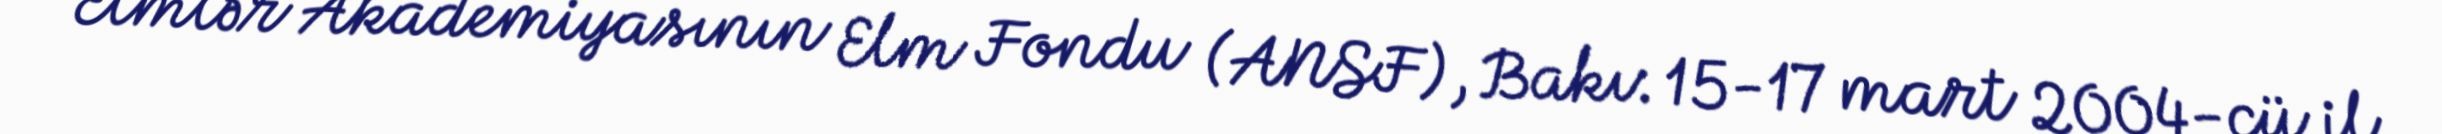
Elmlər Akademiyasının Elm Fondu (ANSF), Bakı: 15-17 mart 2004-cü il.